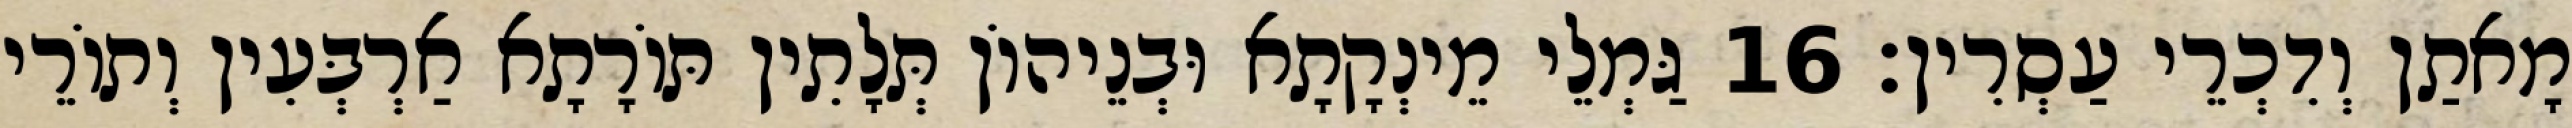
מָאתַן וְדִכְרֵי עַסְרִין׃ 16 גַּמְלֵי מֵינְקָתָא וּבְנֵיהוֹן תְּלָתִין תּוֹרָתָא אַרְבְּעִין וְתוֹרֵי